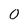
Character: 0